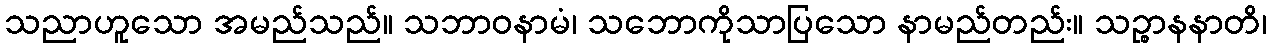
သညာဟူသော အမည်သည်။ သဘာဝနာမံ၊ သဘောကိုသာပြသော နာမည်တည်း။ သဉ္စာနနာတိ၊